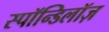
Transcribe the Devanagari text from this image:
स्पॉन्डिलॉज़